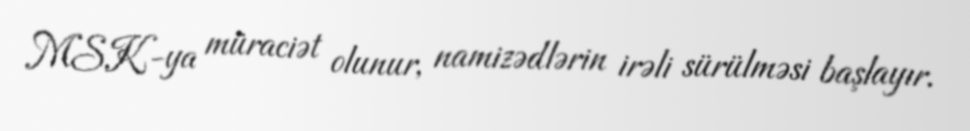
MSK-ya müraciət olunur, namizədlərin irəli sürülməsi başlayır.